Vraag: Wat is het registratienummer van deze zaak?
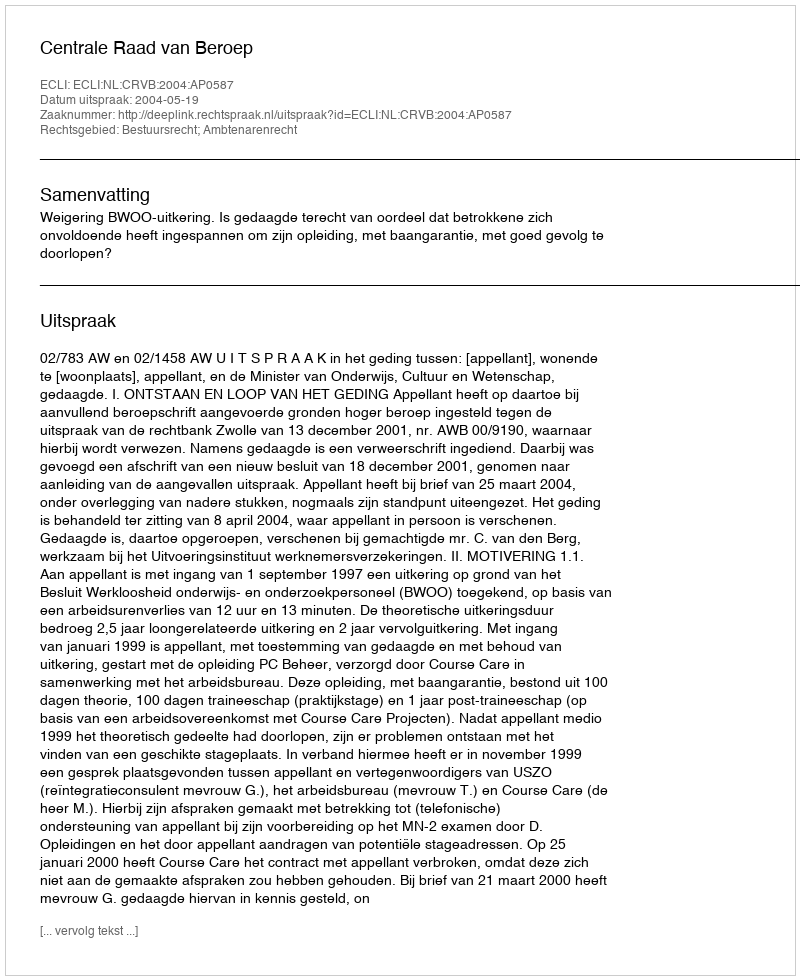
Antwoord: http://deeplink.rechtspraak.nl/uitspraak?id=ECLI:NL:CRVB:2004:AP0587